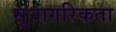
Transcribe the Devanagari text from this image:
सुनागरिकता